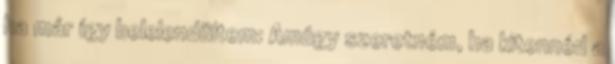
ha már így belelendültem: Amúgy szeretném, ha kitennéd a